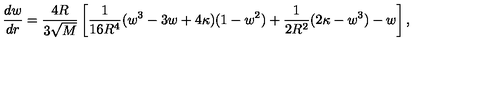
\frac { d w } { d r } = \frac { 4 R } { 3 \sqrt { M } } \left[ \frac { 1 } { 1 6 R ^ { 4 } } ( w ^ { 3 } - 3 w + 4 \kappa ) ( 1 - w ^ { 2 } ) + \frac { 1 } { 2 R ^ { 2 } } ( 2 \kappa - w ^ { 3 } ) - w \right] ,